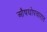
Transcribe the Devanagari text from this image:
औषधोपचारात